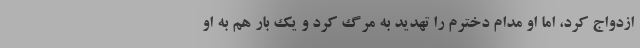
ازدواج کرد، اما او مدام دخترم را تهدید به مرگ کرد و یک بار هم به او